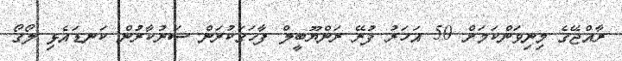
ރާއްޖޭގެ މިނިވަންކަމަށް 50 އަހަރު ފުރޭ ރަންޔޫބީލް ފާހަގަކުރަން ސަރުކާރުން ކަނޑައެޅި ލޯގޯ